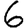
Digit: 6